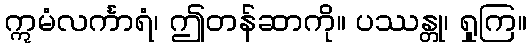
ဣမံလင်္ကာရံ၊ ဤတန်ဆာကို။ ပဿန္တု၊ ရှုကြ။